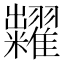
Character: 糶